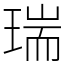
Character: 瑞